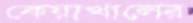
কেয়াখালের